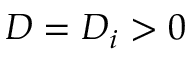
D = D _ { i } > 0